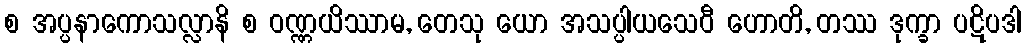
စ အပ္ပနာကောသလ္လာနိ စ ဝဏ္ဏယိဿာမ, တေသု ယော အသပ္ပါယသေဝီ ဟောတိ, တဿ ဒုက္ခာ ပဋိပဒါ